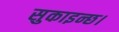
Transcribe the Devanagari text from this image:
सुकाइन्छ।